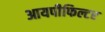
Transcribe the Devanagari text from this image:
आयपीफिल्टर